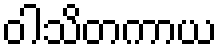
ဝါသိတကာယ